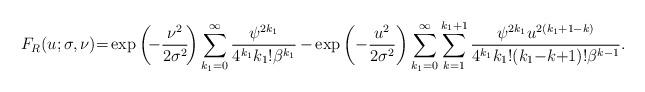
LaTeX: \begin{align*} F_R(u;\sigma,\nu) {=} \exp{\left(\!-\frac{\nu^2}{2\sigma^2}\!\right)} \sum_{k_1=0}^\infty\frac{\psi^{2k_1}}{4^{k_1}k_1!\beta^{k_1}} \,{-} \exp{\left(-\frac{u^2}{2\sigma^2}\right)}\sum_{k_1=0}^\infty\sum_{k=1}^{k_1+1} \frac{\psi^{2k_1}u^{2(k_1{+}1{-}k)}}{4^{k_1}k_1!(k_1{-}k{+}1)!\beta^{k-1}} . \end{align*}